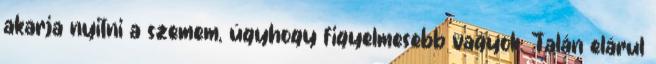
akarja nyitni a szemem, úgyhogy figyelmesebb vagyok. Talán elárul